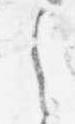
之